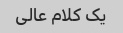
یک کلام عالی